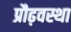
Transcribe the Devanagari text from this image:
प्रौढ़वस्था